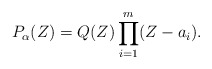
\begin{align*}P_{\alpha}(Z) = Q(Z) \prod_{i=1}^{m}(Z-a_i).\end{align*}